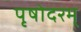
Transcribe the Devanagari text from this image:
पृषोदरम्